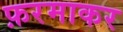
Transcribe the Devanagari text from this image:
फ़रमाकर